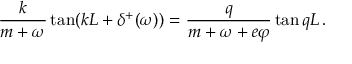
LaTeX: \frac { k } { m + \omega } \tan ( k L + \delta ^ { + } ( \omega ) ) = \frac { q } { m + \omega + e \varphi } \tan q L \, .